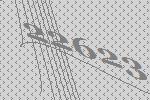
22623